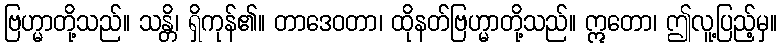
ဗြဟ္မာတို့သည်။ သန္တိ၊ ရှိကုန်၏။ တာဒေဝတာ၊ ထိုနတ်ဗြဟ္မာတို့သည်။ ဣတော၊ ဤလူ့ပြည့်မှ။